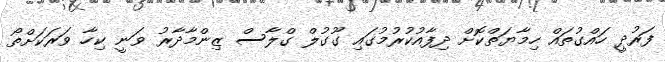
ފަރުދީ ހައްގުތައް ހިމާޔަތްކޮށް ދިފާއުކުރުމުގައި ގޫގުލް ގްލާސް ޒިންމާދާރު ވަނީ ކިހާ ވަރަކަށްތޯ